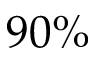
9 0 \%